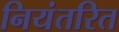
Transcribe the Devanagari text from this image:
नियंतरित